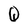
Character: Q